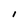
Character: I